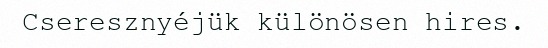
Cseresznyéjük különösen hires.